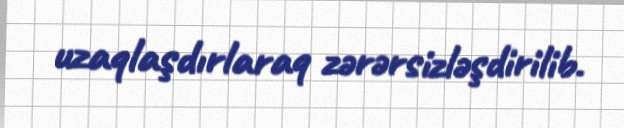
uzaqlaşdırlaraq zərərsizləşdirilib.